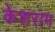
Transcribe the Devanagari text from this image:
केशराम